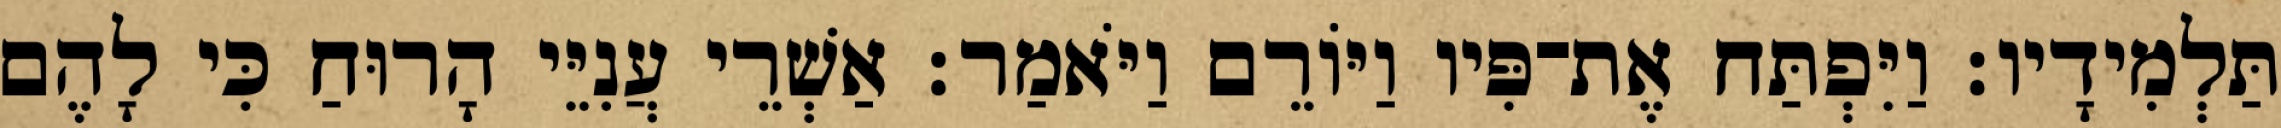
תַּלְמִידָיו׃ וַיִּפְתַּח אֶת־פִּיו וַיּוֹרֵם וַיֹּאמַר׃ אַשְׁרֵי עֲנִיֵּי הָרוּחַ כִּי לָהֶם